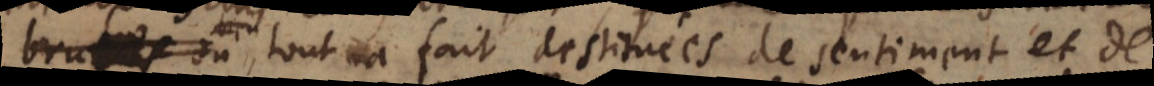
verités, ou tout à fait destituées de sentiment et de